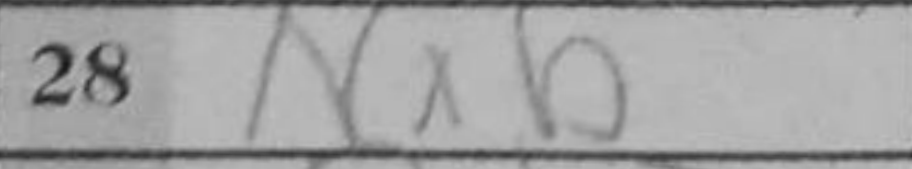
Transcription: Nxb